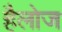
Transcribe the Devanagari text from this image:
हैलोज